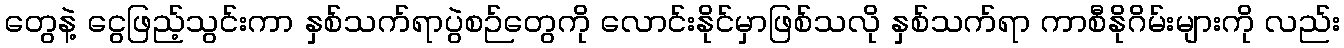
တွေနဲ့ ငွေဖြည့်သွင်းကာ နှစ်သက်ရာပွဲစဉ်တွေကို လောင်းနိုင်မှာဖြစ်သလို နှစ်သက်ရာ ကာစီနိုဂိမ်းများကို လည်း